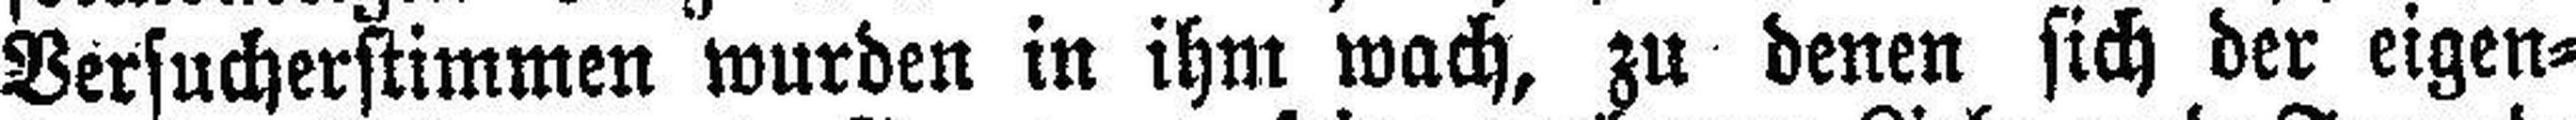
Versucherstimmen wurden in ihm wach, zu denen sich der eigen¬